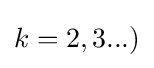
k=2,3...)